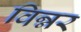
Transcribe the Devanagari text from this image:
विन्नर